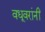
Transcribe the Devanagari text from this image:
वधूवरांनीं